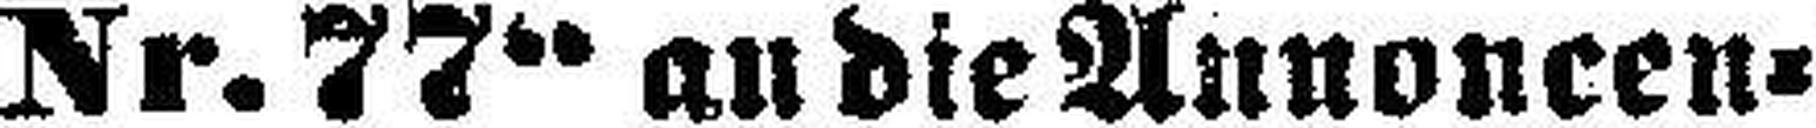
Nr. 77“ an die Annoncen=